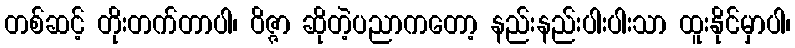
တစ်ဆင့် တိုးတက်တာပါ၊ ဝိဇ္ဇာ ဆိုတဲ့ပညာကတော့ နည်းနည်းပါးပါးသာ ထူးနိုင်မှာပါ၊